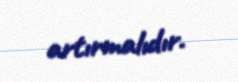
artırmalıdır.